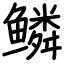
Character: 鳞